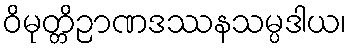
ဝိမုတ္တိဉာဏဒဿနသမ္ပဒါယ၊